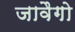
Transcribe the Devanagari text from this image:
जावैगो